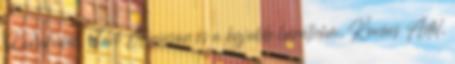
Kawakubo, Tavi Gevinson és a legjobb barátnőm, Kovács Adél,